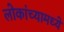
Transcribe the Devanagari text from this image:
लोकांच्यामध्ये